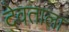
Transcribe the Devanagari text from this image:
देवताला